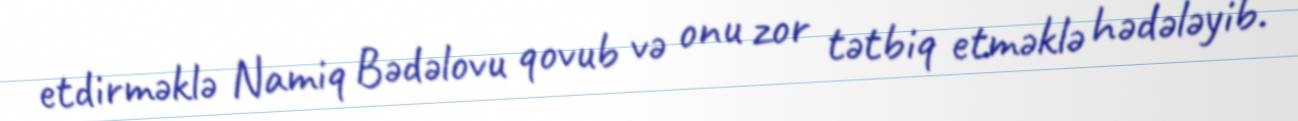
etdirməklə Namiq Bədəlovu qovub və onu zor tətbiq etməklə hədələyib.